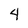
Character: 4